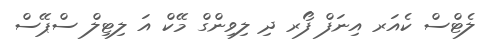
ލެޓްސް ކެއަރ އިނަފް ފޯރ ދި ލިވިންގް މޭކް އަ ލިޓިލް ސްޕޭސް